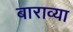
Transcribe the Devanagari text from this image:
बाराव्‍या